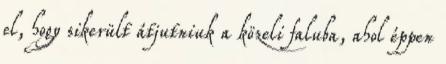
el, hogy sikerült átjutniuk a közeli faluba, ahol éppen